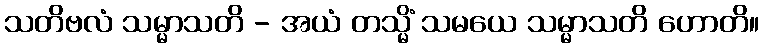
သတိဗလံ သမ္မာသတိ - အယံ တသ္မိံ သမယေ သမ္မာသတိ ဟောတိ။